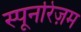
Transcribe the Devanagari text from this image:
स्पूनरिज़म